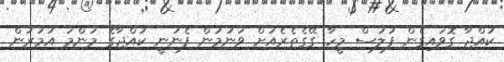
ކުއްޖާ ގޮވައިގެން ފުލުސް މީހާ ގޭގެތެރެއަށް ވަނުމުން ފެނުނީ ކުއްޖާގެ މަންމަ އުމުރުން